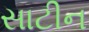
સાટીન